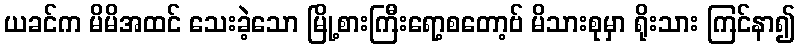
ယခင်က မိမိအထင် သေးခဲ့သော မြို့စားကြီးရော့စတော့ဗ် မိသားစုမှာ ရိုးသား ကြင်နာ၍